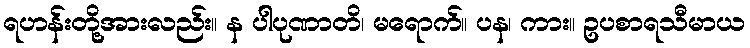
ရဟန်းတို့အားလည်း။ န ပါပုဏာတိ၊ မရောက်။ ပန၊ ကား။ ဥပစာရသီမာယ